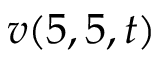
v ( 5 , 5 , t )